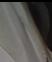
Signature authenticity: genuine